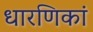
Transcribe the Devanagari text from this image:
धारणिकां